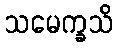
သမေက္ခသိ